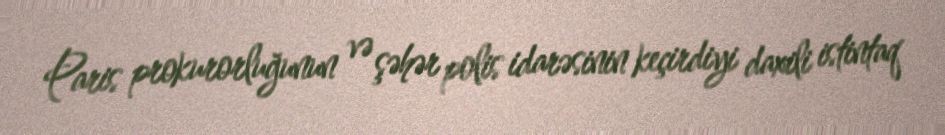
Paris prokurorluğunun və şəhər polis idarəsinin keçirdiyi daxili istintaq